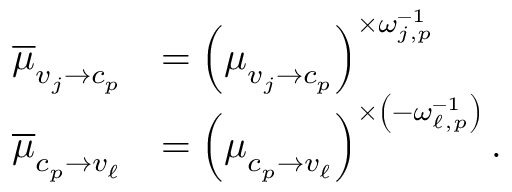
\begin{array} { r l } { \overline { { \boldsymbol { \mu } } } _ { v _ { j } \to c _ { p } } } & { = \left( \boldsymbol { \mu } _ { v _ { j } \to c _ { p } } \right) ^ { \times \omega _ { j , p } ^ { - 1 } } } \\ { \overline { { \boldsymbol { \mu } } } _ { c _ { p } \to v _ { \ell } } } & { = \left( \boldsymbol { \mu } _ { c _ { p } \to v _ { \ell } } \right) ^ { \times \left( - \omega _ { \ell , p } ^ { - 1 } \right) } . } \end{array}